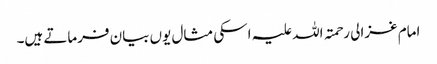
امام غزالی رحمتہ اللہ علیہ اسکی مثال یوں بیان فرماتے ہیں۔